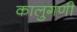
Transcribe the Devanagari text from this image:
कालुगणी